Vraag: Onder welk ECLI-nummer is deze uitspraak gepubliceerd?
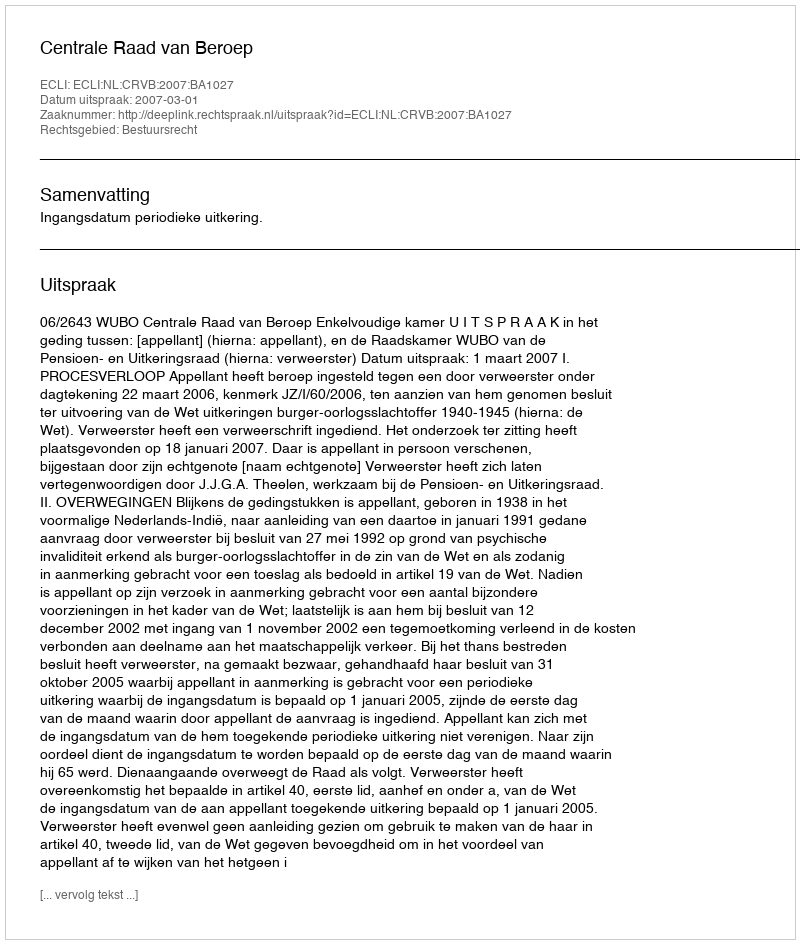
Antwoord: ECLI:NL:CRVB:2007:BA1027